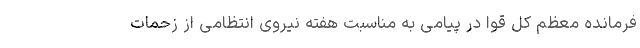
فرمانده معظم کل قوا در پیامی به مناسبت هفته نیروی انتظامی از زحمات